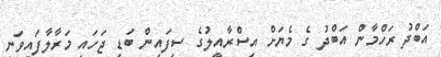
އަބްދު ރަހްމާން އަބްދު ގެ މެޔަށް އިސްރާއީލުގެ ސިފައިން ބަޑި ޖަހައި މަރާލާފައިވަނީ